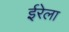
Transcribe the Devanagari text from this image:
ईरेला